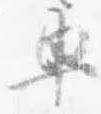
車